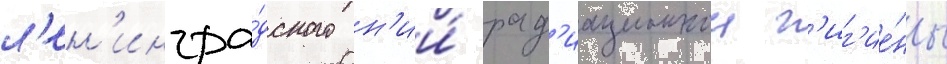
л'ен'ингра́дского н'ии́ рад'иационнои г'иг'ие́ны